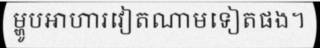
ម្ហូបអាហារវៀតណាមទៀតផង។